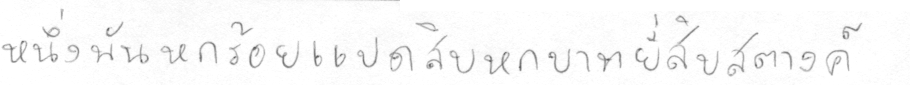
หนึ่งพันหกร้อยแปดสิบบหกบาทยี่สิบห้าสตางค์